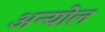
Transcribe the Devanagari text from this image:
अन्योल